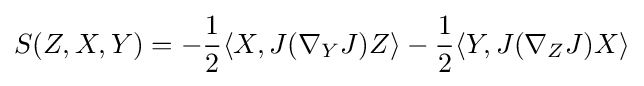
S(Z,X,Y)=-{\frac {1}{2}}\langle X,J(\nabla _{Y}J)Z\rangle -{\frac {1}{2}}\langle Y,J(\nabla _{Z}J)X\rangle